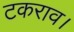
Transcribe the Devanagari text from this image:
टकराव।